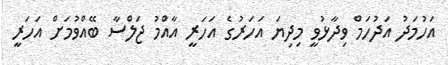
އަހުމަދު އަދުހަމް ވިދާޅުވީ މިދިޔަ އަހަރުގެ އަހަރީ އާއްމު ޖަލްސާ ބޭއްވުމަށް އަހަރީ